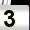
Digit: 3